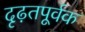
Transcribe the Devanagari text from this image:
दृढ़तपूर्वक